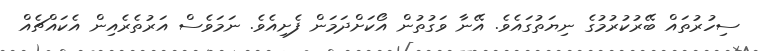
ސިހުރުތައް ބޭރުކުރުމުގެ ނިޔަތުގައެވެ. އޭނާ ވަގުތުން އޯކަށްދަމަން ފެށިއެވެ. ނަމަވެސް އަރުތެރެއިން އެކައްޗެއް